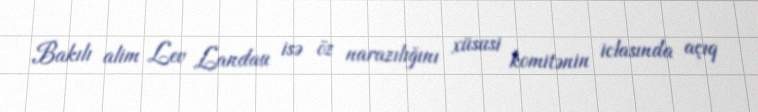
Bakılı alim Lev Landau isə öz narazılığını xüsusi komitənin iclasında açıq